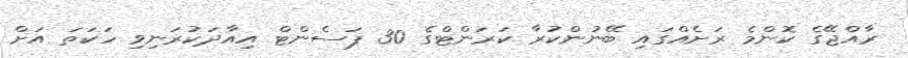
ރާއްޖޭގެ ކޮންމެ ރަށެއްގައި ބޭނުންކުރާ ކަރަންޓްގެ 30 ޕަސެންޓް އިއާދަކުރަނިވި ހަކަތަ އަށް